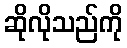
ဆိုလိုသည်ကို